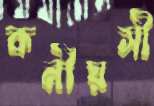
কনীয়সী